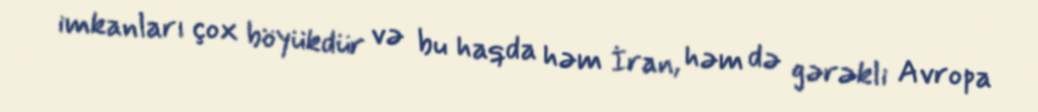
imkanları çox böyükdür və bu haqda həm İran, həm də gərəkli Avropa